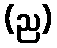
(ည)